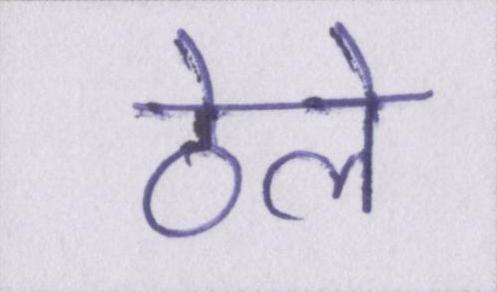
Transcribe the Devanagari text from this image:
ठेले